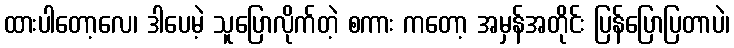
ထားပါတော့လေ၊ ဒါပေမဲ့ သူပြောလိုက်တဲ့ စကား ကတော့ အမှန်အတိုင်း ပြန်ပြောပြတာပဲ၊